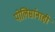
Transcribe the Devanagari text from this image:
पोलिसांनाही